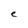
Character: e